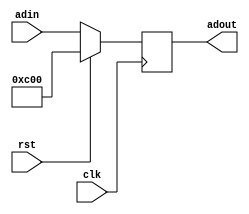
module pc(
	clk,
	adin,
	rst,
	adout
);
input wire clk,rst;
input wire[29:0] adin;
output reg[29:0] adout;
wire[31:0] temp = 32'h00003000;
initial begin
	adout=temp[31:2];
end

always@(posedge clk)
begin
	if(rst)
		adout=temp[31:2];
	else
		adout=adin;
end
endmodule